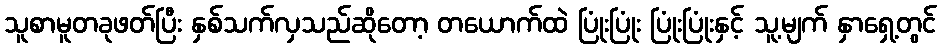
သူစာမူတခုဖတ်ပြီး နှစ်သက်လှသည်ဆိုတော့ တယောက်ထဲ ပြုံးပြုံး ပြုံးပြုံးနှင့် သူ့မျက် နှာရှေ့တွင်